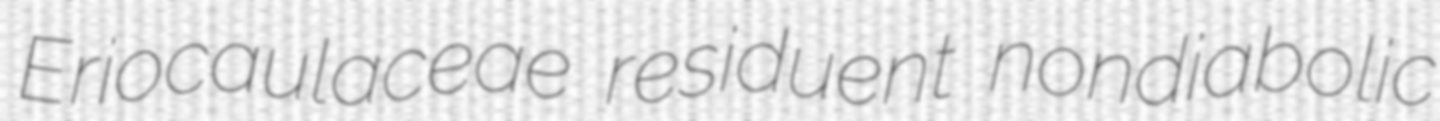
Eriocaulaceae residuent nondiabolic